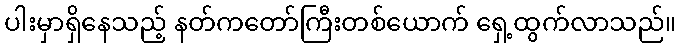
ပါးမှာရှိနေသည့် နတ်ကတော်ကြီးတစ်ယောက် ရှေ့ထွက်လာသည်။